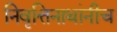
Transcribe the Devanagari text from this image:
निवृत्तिनाथांनीच